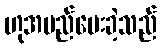
ဟုအမည်ပေးခဲ့သည်